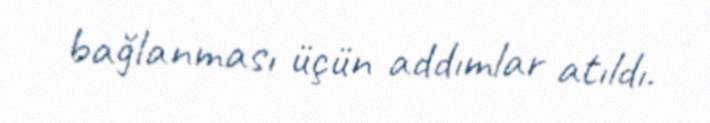
bağlanması üçün addımlar atıldı.